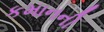
કમાનની